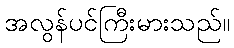
အလွန်ပင်ကြီးမားသည်။